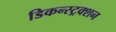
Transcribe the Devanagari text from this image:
डिकन्स्ट्रक्शन